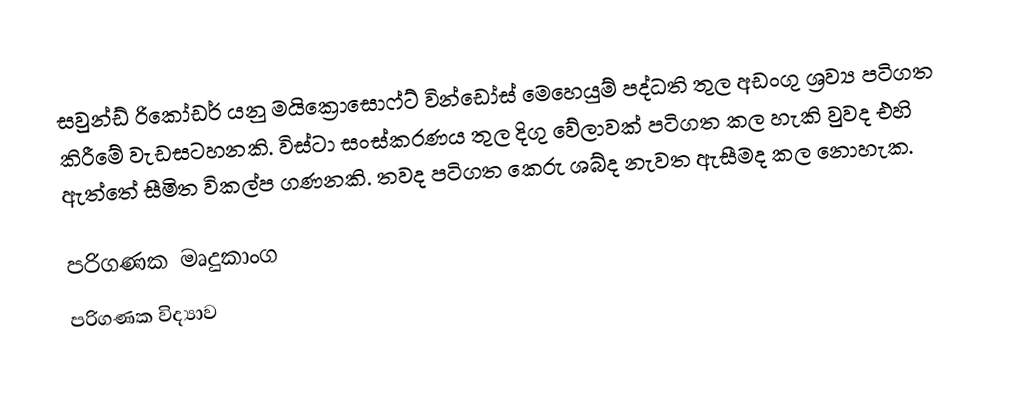
සවුන්ඩ් රිකෝඩර් යනු මයික්‍රොසොෆ්ට් වින්ඩෝස් මෙහෙයුම් පද්ධති තුල අඩංගු ශ්‍රව්‍ය පටිගත කිරීමේ වැඩසටහනකි. විස්ටා සංස්කරණය තුල දිගු වේලාවක් පටිගත කල හැකි වුවද එහි ඇත්තේ සීමිත විකල්ප ගණනකි. තවද පටිගත කෙරු ශබ්ද නැවත ඇසීමද කල නොහැක.

පරිගණක මෘදුකාංග
පරිගණක විද්‍යාව